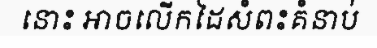
នោះ អាចលើកដៃសំពះគំនាប់